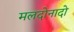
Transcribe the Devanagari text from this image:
मलदोनादो